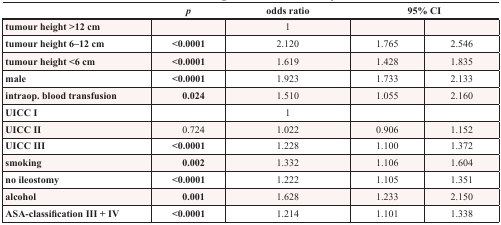
<table><thead><tr><td></td><td><b><i>p</i></b></td><td><b>odds ratio</b></td><td colspan="2"><b>95% CI</b></td></tr></thead><tbody><tr><td><b>tumour height &gt;12 cm</b></td><td></td><td>1</td><td></td><td></td></tr><tr><td><b>tumour height 6–12 cm</b></td><td><b>&lt;0.0001</b></td><td>2.120</td><td>1.765</td><td>2.546</td></tr><tr><td><b>tumour height &lt;6 cm</b></td><td><b>&lt;0.0001</b></td><td>1.619</td><td>1.428</td><td>1.835</td></tr><tr><td><b>male</b></td><td><b>&lt;0.0001</b></td><td>1.923</td><td>1.733</td><td>2.133</td></tr><tr><td><b>intraop. blood transfusion</b></td><td><b>0.024</b></td><td>1.510</td><td>1.055</td><td>2.160</td></tr><tr><td><b>UICC I</b></td><td></td><td>1</td><td></td><td></td></tr><tr><td><b>UICC II</b></td><td>0.724</td><td>1.022</td><td>0.906</td><td>1.152</td></tr><tr><td><b>UICC III</b></td><td><b>&lt;0.0001</b></td><td>1.228</td><td>1.100</td><td>1.372</td></tr><tr><td><b>smoking</b></td><td><b>0.002</b></td><td>1.332</td><td>1.106</td><td>1.604</td></tr><tr><td><b>no ileostomy</b></td><td><b>&lt;0.0001</b></td><td>1.222</td><td>1.105</td><td>1.351</td></tr><tr><td><b>alcohol</b></td><td><b>0.001</b></td><td>1.628</td><td>1.233</td><td>2.150</td></tr><tr><td><b>ASA-classification III + IV</b></td><td><b>&lt;0.0001</b></td><td>1.214</td><td>1.101</td><td>1.338</td></tr></tbody></table>